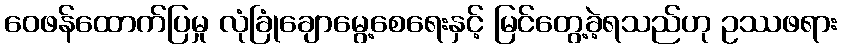
ဝေဖန်ထောက်ပြမှု လုံခြုံချောမွေ့စေရေးနှင့် မြင်တွေ့ခဲ့ရသည်ဟု ဥဿဖရား